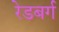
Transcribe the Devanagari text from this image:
रेडबर्ग